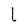
Character: L